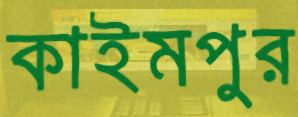
কাইমপুর